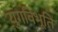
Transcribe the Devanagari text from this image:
युगविभूति